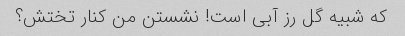
که شبیه گل رز آبی است! نشستن من کنار تختش؟